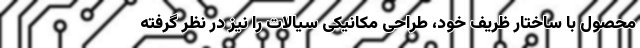
محصول با ساختار ظریف خود، طراحی مکانیکی سیالات را نیز در نظر گرفته